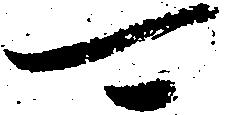
可